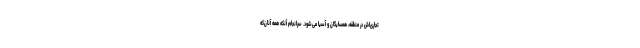
تجاری‌اش در منطقه، همسایگان و آسیا می‌شود. سرانجام آنکه همه آنان‌که